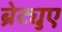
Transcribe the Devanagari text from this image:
ब्रेट्युए